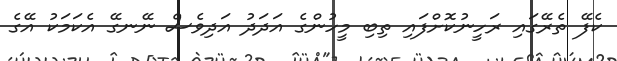
ކެފޭ ތެރޭގައި ރަހީނުކޮށްފައި ތިބި މީހުންގެ އަދަދު އަދިވެސް ނޭނގޭ އެކަމަކު އޭގެ